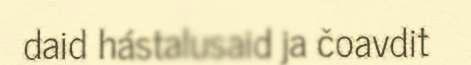
daid hástalusaid ja čoavdit